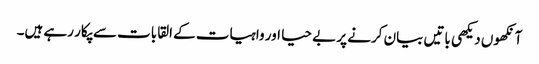
آنکھوں دیکھی باتیں بیان کرنے پر بے حیا اور واہیات کے القابات سے پکار رہے ہیں۔